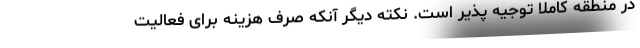
در منطقه کاملا توجیه پذیر است. نکته دیگر آنکه صرف هزینه برای فعالیت